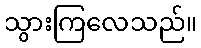
သွားကြလေသည်။